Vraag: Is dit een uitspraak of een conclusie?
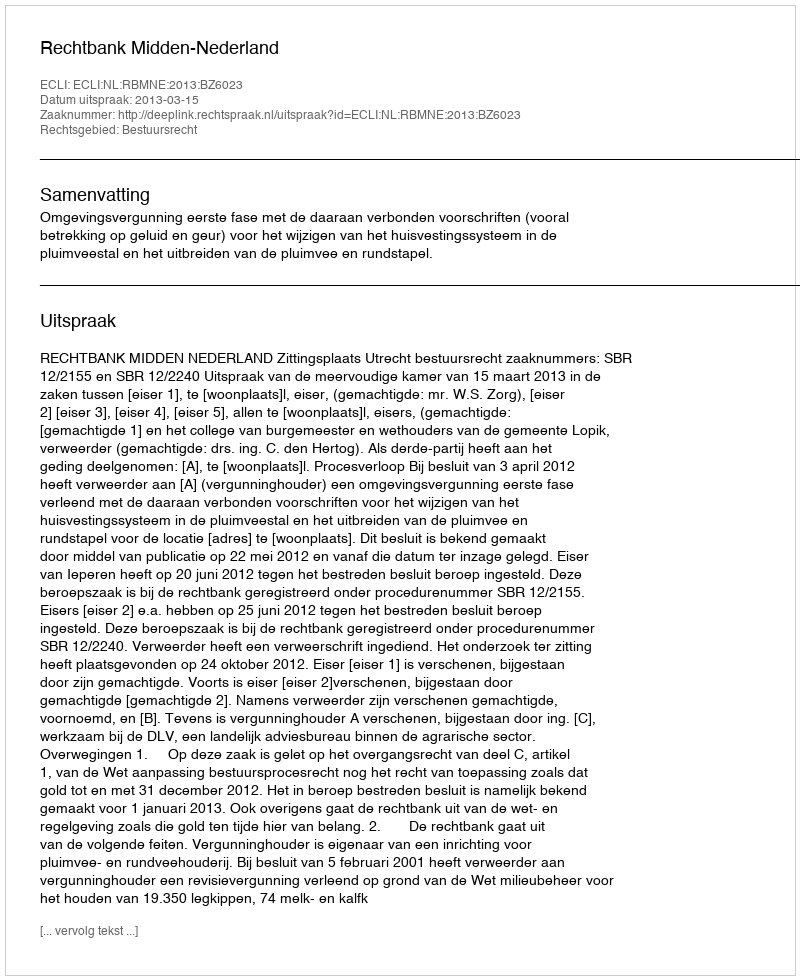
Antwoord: Uitspraak